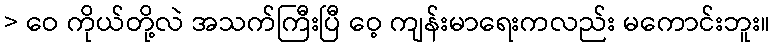
> ဝေ ကိုယ်တို့လဲ အသက်ကြီးပြီ ဝေ့ ကျန်းမာရေးကလည်း မကောင်းဘူး။